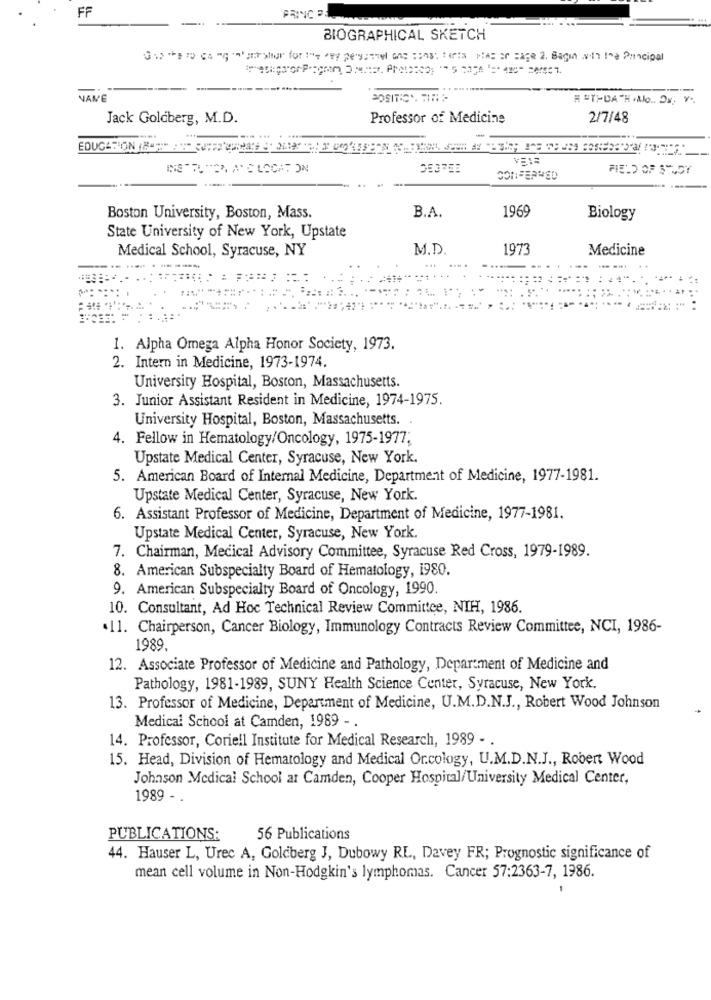
FF
-
PRINC DE
BIOGRAPHICAL SKETCH
Gia the ro cs montanhahar for the avy personnel and sons; tarta plan ar Rage 2. Bagin with the Pancipal
VANE
H -T-DA -H . No. Ox, v.
Jack Goldberg, M.D.
Professor of Medicine
2/7/48
FIELD OF STUDY
CONFERRED
1969
Boston University, Boston, Mass.
B.A.
Biology
State University of New York, Upstate
Medical School, Syracuse, NY
M.D
1973
Medicine
..
...
1. Alpha Omega Alpha Honor Society, 1973.
2. Intern in Medicine, 1973-1974.
University Hospital, Boston, Massachusetts.
3. Junior Assistant Resident in Medicine, 1974-1975.
University Hospital, Boston, Massachusetts.
4.
Fellow in Hematology/Oncology, 1975-1977;
Upstate Medical Center, Syracuse, New York.
5. American Board of Internal Medicine, Department of Medicine, 1977-1981.
Upstate Medical Center, Syracuse, New York.
6. Assistant Professor of Medicine, Department of Medicine, 1977-1981.
Upstate Medical Center, Syracuse, New York.
7. Chairman, Medical Advisory Committee, Syracuse Red Cross, 1979-1989.
8. American Subspecialty Board of Hematology, 1980.
9. American Subspecialty Board of Oncology, 1990.
10. Consultant, Ad Hoc Technical Review Committee, NIH, 1986.
.11. Chairperson, Cancer Biology, Immunology Contracts Review Committee, NCI, 1986-
1989.
12. Associate Professor of Medicine and Pathology, Department of Medicine and
Pathology, 1981-1989, SUNY Health Science Center, Syracuse, New York.
13. Professor of Medicine, Department of Medicine, U.M.D.N.J ., Robert Wood Johnson
Medical School at Camden, 1989 -
14. Professor, Coriell Institute for Medical Research, 1989 - .
15. Head, Division of Hematology and Medical Orcology, U.M.D.N.J ., Robert Wood
Johnson Medical School at Camden, Cooper Hospital/University Medical Center,
1989 - .
PUBLICATIONS:
56 Publications
44. Hauser L, Urec A, Goldberg J, Dubowy RL, Davey FR; Prognostic significance of
mean cell volume in Non-Hodgkin's lymphomas. Cancer 57:2363-7, 1986.